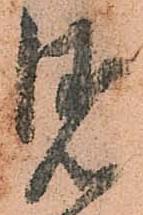
見